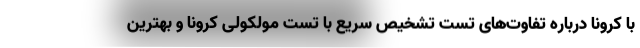
با کرونا درباره تفاوت‌های تست تشخیص سریع با تست مولکولی کرونا و بهترین